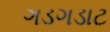
ગડગડાટ